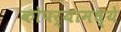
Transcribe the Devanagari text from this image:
कोपर्‍यामध्ये